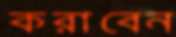
করাবেন